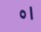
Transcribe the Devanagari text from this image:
०।